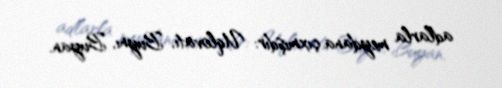
adlarla meydana çıxmışdır: Uqlovatı, Buynı, Buyan.